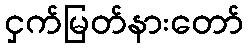
ငှက်မြတ်နားတော်